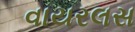
વાયરલસ